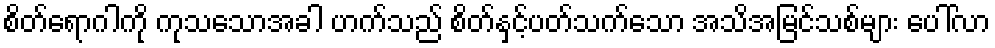
စိတ်ရောဂါကို ကုသသောအခါ ဟက်သည် စိတ်နှင့်ပတ်သက်သော အသိအမြင်သစ်များ ပေါ်လာ